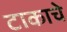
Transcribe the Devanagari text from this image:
टाकाचे